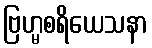
ဗြဟ္မစရိယေသနာ